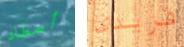
أصطاد فريدى